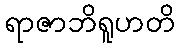
ရာဇာဘိရူဟတိ